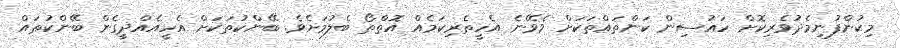
މިކުންފުނިމެދުވެރިކޮށް ހައުސިން ކަންތައްތަކަށް ވެވޭނެ އެހީތެރިކަމެއް އޮތްތޯ ބެލުމަށެވެ. ބޭންކުތަކަށް އެހީއެއްދީގެން ބޭންކުތައް